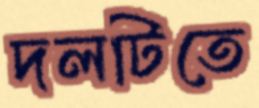
দলটিতে